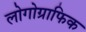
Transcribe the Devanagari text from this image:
लोगोग्राफिक